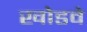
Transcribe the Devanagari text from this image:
खोडवे